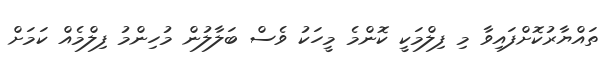
ތައްޔާރުކޮށްފައިވާ މި ފިލްމަކީ ކޮންމެ މީހަކު ވެސް ބަލާލުން މުހިންމު ފިލްމެއް ކަމަށް